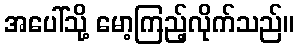
အပေါ်သို့ မော့ကြည့်လိုက်သည်။